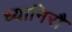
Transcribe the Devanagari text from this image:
ध्यानिरौ